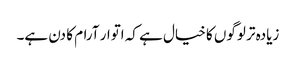
زیادہ تر لوگوں کا خیال ہے کہ اتوار آرام کا دن ہے۔